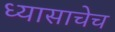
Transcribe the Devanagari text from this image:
ध्यासाचेच